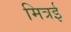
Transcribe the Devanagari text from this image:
मित्रई